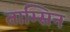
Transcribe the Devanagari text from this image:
ताम्सिन